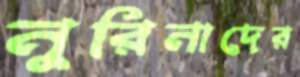
নুরিনাদের